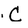
Character: c